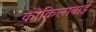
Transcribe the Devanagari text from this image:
कोकिलाबाई